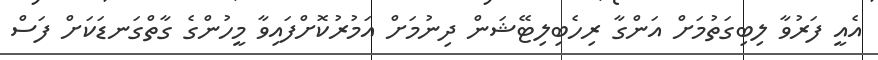
އެއީ ފަރުވާ ލިބިގަތުމަށް އަންގާ ރިހެބިލިޓޭޝަން ދިނުމަށް އަމުރުކޮށްފައިވާ މީހުންގެ ގާތްގަނޑަކަށް ފަސް